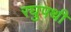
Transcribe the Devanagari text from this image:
रघुपथी